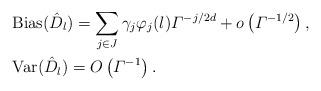
LaTeX: \begin{align*} &\begin{aligned} {\rm Bias}(\hat D_l) = \sum_{j\in J}\gamma_j\varphi_j(l)\varGamma^{-j/2d} + o\left(\varGamma^{-1/2}\right), \end{aligned}\\ &\begin{aligned} {\rm Var}(\hat D_l) =O\left(\varGamma^{-1}\right). \end{aligned} \end{align*}